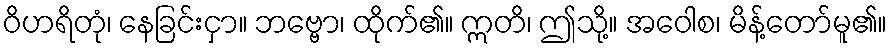
ဝိဟရိတုံ၊ နေခြင်းငှာ။ ဘဗ္ဗော၊ ထိုက်၏။ ဣတိ၊ ဤသို့။ အဝေါစ၊ မိန့်တော်မူ၏။